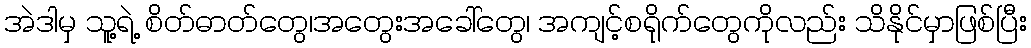
အဲဒါမှ သူ့ရဲ့ စိတ်ဓာတ်တွေ၊အတွေးအခေါ်တွေ၊ အကျင့်စရိုက်တွေကိုလည်း သိနိုင်မှာဖြစ်ပြီး